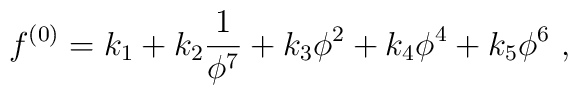
f^{(0)} = k_1 + k_2 \frac{1}{\phi^7}  + k_3 \phi^2 + k_4 \phi^4 + k_5 \phi^6 ~ ,